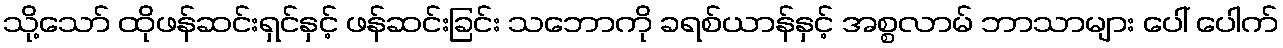
သို့သော် ထိုဖန်ဆင်းရှင်နှင့် ဖန်ဆင်းခြင်း သဘောကို ခရစ်ယာန်နှင့် အစ္စလာမ် ဘာသာများ ပေါ် ပေါက်